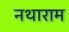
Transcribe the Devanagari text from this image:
नथाराम